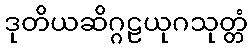
ဒုတိယဆိဂ္ဂဠယုဂသုတ္တံ